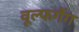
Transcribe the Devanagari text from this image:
वूल्फगैंग